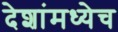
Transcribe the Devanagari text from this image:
देशांमध्येच